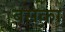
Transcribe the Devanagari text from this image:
बसका